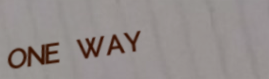
ONE WAY